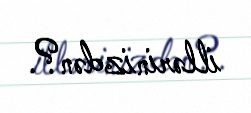
illərinizdən?.